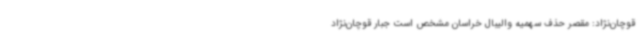
قوچان‌نژاد: مقصر حذف سهمیه والیبال خراسان مشخص است جبار قوچان‌نژاد